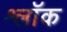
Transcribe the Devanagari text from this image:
श्लॉक